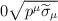
LaTeX: \begin{align*}0 & \sqrt{p^{\mu }\widetilde{\sigma }_{\mu }}\end{align*}